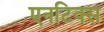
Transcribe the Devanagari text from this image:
एनटिक्स